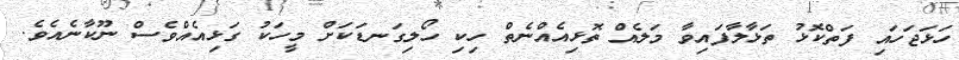
ހަޅަޖަހައި ފަތްކޮޅު ތަޅާލާފައިވާ މަލެއް ތޮޅިއެއްނެތް ހިކި ހޯލިގަނޑަކަށް މީހަކު ގަޅިއެއްވެސް ނޫކާނެއެވެ.